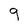
Character: q